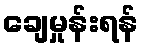
ချေမှုန်းရန်